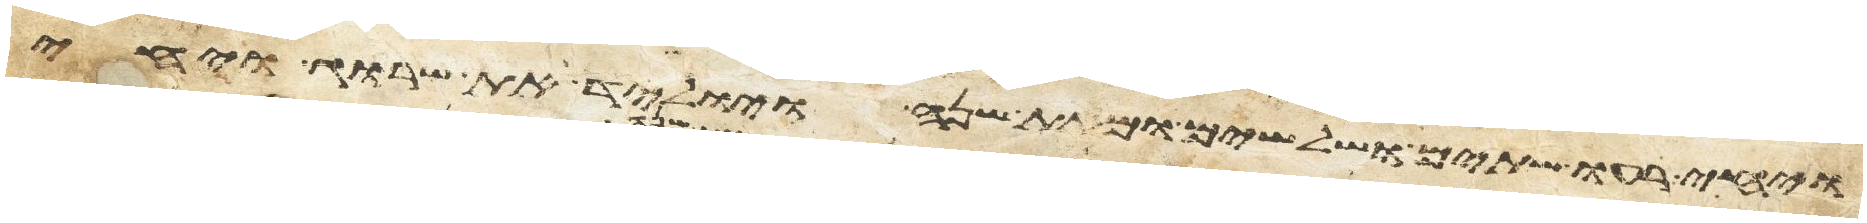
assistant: ויחי רעו שתים ושלשים ומאת שנה ויוליד את שרוג ויחי